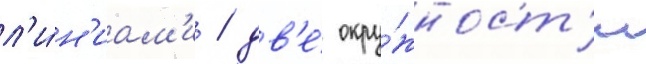
л'и́н'иам'и / дв'е́ окру́жност'и